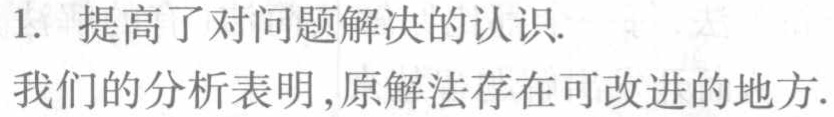
1. 提高了对问题解决的认识.
我们的分析表明,原解法存在可改进的地方.